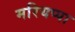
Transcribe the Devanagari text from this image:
मरियप्पा